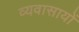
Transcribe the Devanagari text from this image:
व्यवासायों